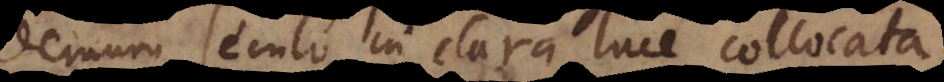
demum seculo in clara luce collocata